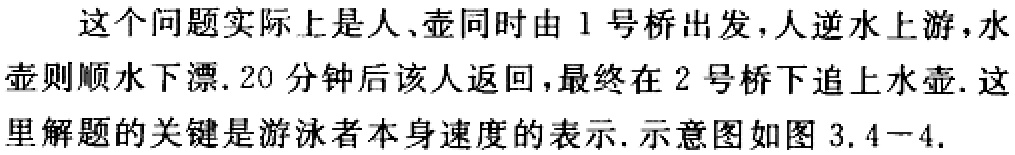
这个问题实际上是人、壶同时由1号桥出发，人逆水上游，水壶则顺水下漂. 20分钟后该人返回，最终在2号桥下追上水壶. 这里解题的关键是游泳者本身速度的表示. 示意图如图3.4-4.